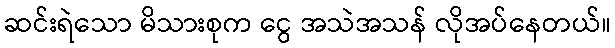
ဆင်းရဲသော မိသားစုက ငွေ အသဲအသန် လိုအပ်နေတယ်။